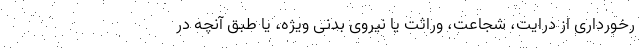
رخورداری از درایت، شجاعت، وراثت یا نیروی بدنی ویژه، یا طبق آنچه در